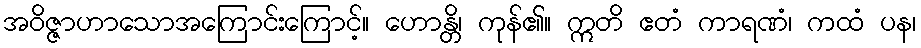
အဝိဇ္ဇာဟာသောအကြောင်းကြောင့်။ ဟောန္တိ၊ ကုန်၏။ ဣတိ ဧတံ ကာရဏံ၊ ကထံ ပန၊